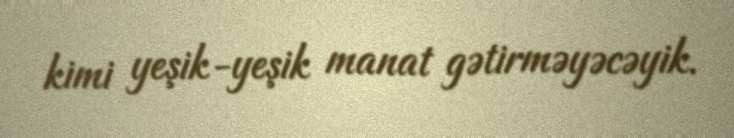
kimi yeşik-yeşik manat gətirməyəcəyik.